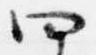
四